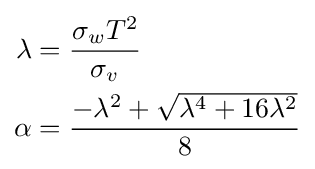
{\begin{aligned}\lambda &={\frac {\sigma _{w}T^{2}}{\sigma _{v}}}\\\alpha &={\frac {-\lambda ^{2}+{\sqrt {\lambda ^{4}+16\lambda ^{2}}}}{8}}\end{aligned}}